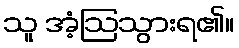
သူ အံ့ဩသွားရ၏။